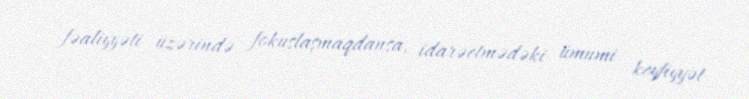
fəaliyyəti üzərində fokuslaşmaqdansa, idarəetmədəki ümumi keyfiyyət